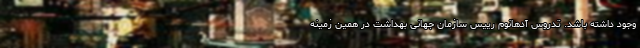
وجود داشته باشد. تدروس آدهانوم رییس سازمان جهانی بهداشت در همین زمینه